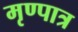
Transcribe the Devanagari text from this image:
मृण्पात्र